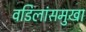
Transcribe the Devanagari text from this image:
वडिलांसमुखा